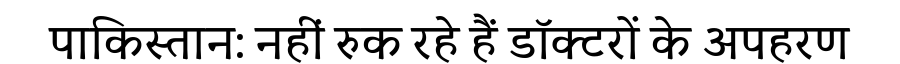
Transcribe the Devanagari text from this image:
पाकिस्तान: नहीं रुक रहे हैं डॉक्टरों के अपहरण